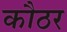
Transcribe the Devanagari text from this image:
कौठर